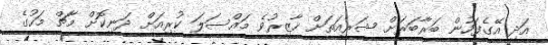
އަދި އޭގެފަހުން ބަރާބަރަށް ޝަރީއަތަށް ހާޒިރުވެ މައްސަލަ ކުރިއަށް ދަނިކޮށް މާޗް މަހުގެ